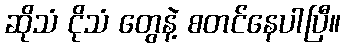
ဆိုသံ ငိုသံ တွေနဲ့ စတင်နေပါပြီ။